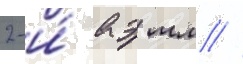
2-и́ аэ мл //